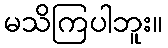
မသိကြပါဘူး။